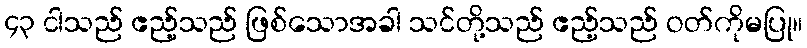
၄၃ ငါသည် ဧည့်သည် ဖြစ်သောအခါ သင်တို့သည် ဧည့်သည် ဝတ်ကိုမပြု။